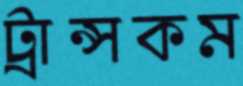
ট্রান্সকম